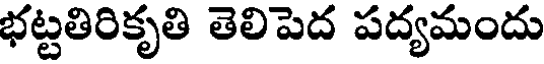
భట్టతిరికృతి తెలిపెద పద్యమందు